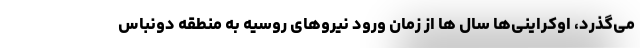
می‌گذرد، اوکراینی‌ها سال ها از زمان ورود نیروهای روسیه به منطقه دونباس